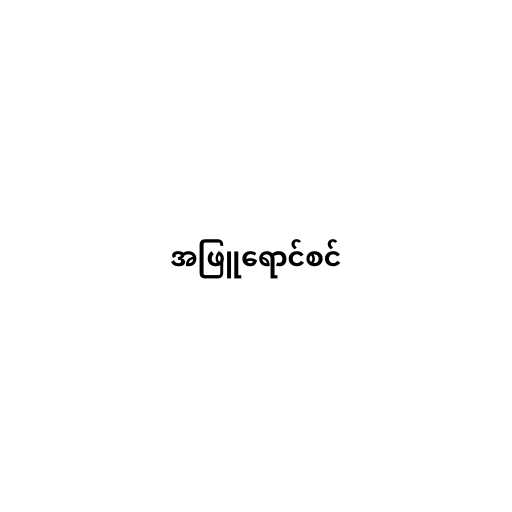
အဖြူရောင်စင်